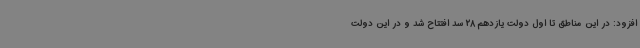
افزود: در این مناطق تا اول دولت یازدهم 28 سد افتتاح شد و در این دولت